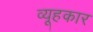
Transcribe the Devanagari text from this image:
व्यूहकार